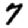
Digit: 7